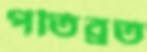
পতিব্রত